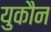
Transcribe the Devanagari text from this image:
युकौन